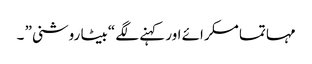
مہاتما مسکرائے اور کہنے لگے “بیٹا روشنی” ۔